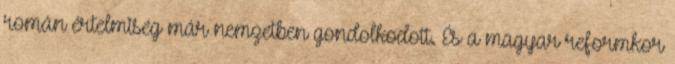
román értelmiség már nemzetben gondolkodott. És a magyar reformkor